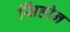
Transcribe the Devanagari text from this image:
सिंहोन